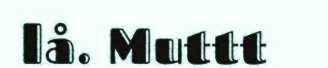
lå. Muttt